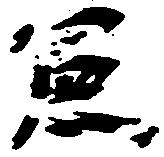
憲